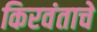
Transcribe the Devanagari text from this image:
किरवंताचे